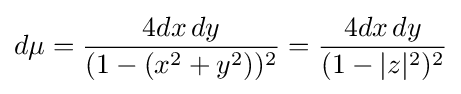
d\mu ={\frac {4dx\,dy}{(1-(x^{2}+y^{2}))^{2}}}={\frac {4dx\,dy}{(1-|z|^{2})^{2}}}